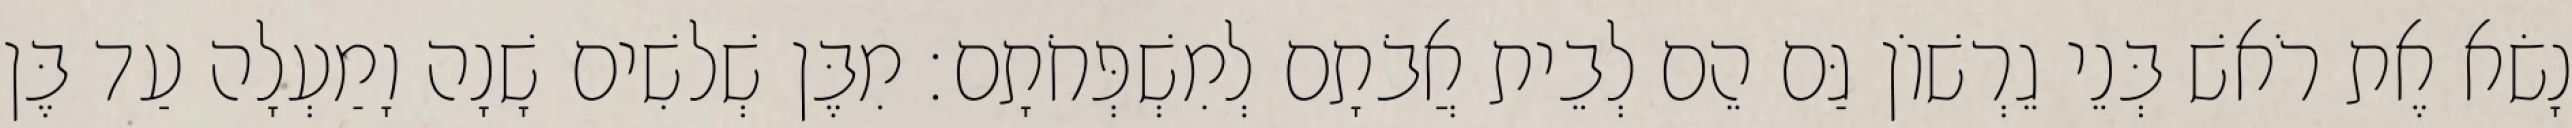
נָשׂא אֶת רֹאשׁ בְּנֵי גֵרְשׁוֹן גַּם הֵם לְבֵית אֲבֹתָם לְמִשְׁפְּחֹתָם׃ מִבֶּן שְׁלשִׁים שָׁנָה וָמַעְלָה עַד בֶּן